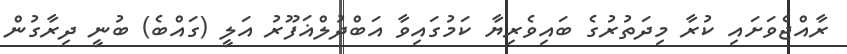
ރާއްޖެވަށައި ކުރާ މިދަތުރުގެ ބައިވެރިޔާ ކަމުގައިވާ އަބްދުލްޣަފޫރު އަލީ (ގައްބެ) ބުނީ ދިރާގުން